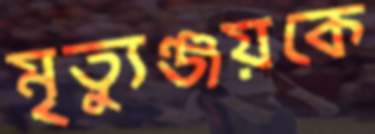
মৃত্যুঞ্জয়কে